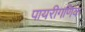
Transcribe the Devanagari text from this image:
पायरीगणिक